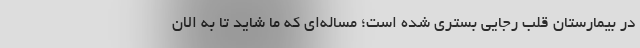
در بیمارستان قلب رجایی بستری شده است؛ مساله‌ای که ما شاید تا به الان